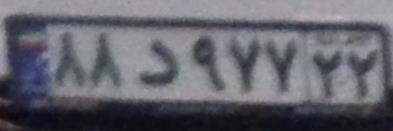
۸۸د۹۷۷۲۲